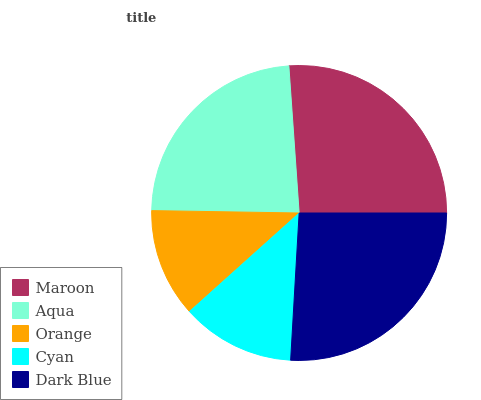
| Maroon | Aqua | Orange | Cyan | Dark Blue |
 | --- | --- | --- | --- | --- |
 | 26.1% | 23.7% | 11.9% | 12.4% | 25.9% |